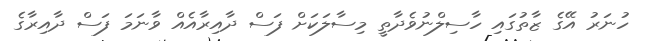
ހުނަރު އޭގެ ޒާތުގައި ހާސިލްނުވެދާތީ މިސާލަކަށް ފަސް ދާއިރާއެއް ވާނަަމަ ފަސް ދާއިރާގެ